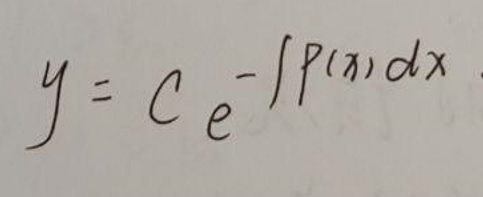
\[y = C e^{-\int P(x)dx}\]